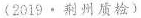
(2019·荆州质检）